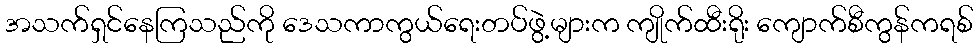
အသက်ရှင်နေကြသည်ကို ဒေသကာကွယ်ရေးတပ်ဖွဲ့များက ကျိုက်ထီးရိုး ကျောက်စီကွန်ကရစ်